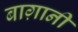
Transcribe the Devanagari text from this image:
बाग़ानी